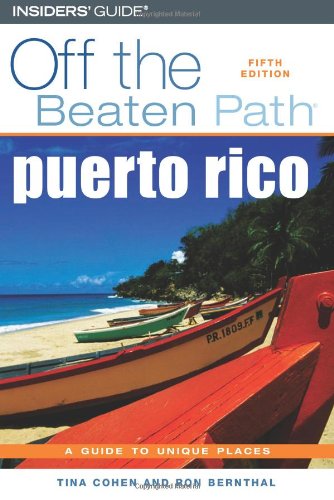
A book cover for Puerto Rico Off the Beaten Path, 5th (Off the Beaten Path Series); Ron Bernthal; Travel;